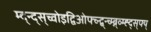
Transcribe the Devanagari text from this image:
म्द्न्द्स्च्वोइद्विओफ्च्न्द्ब्न्च्म्ब्न्व्म्ह्द्स्फ्य्